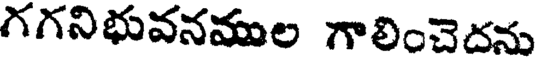
గగనిభువనముల గాలించెదను